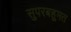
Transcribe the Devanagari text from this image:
सुपरबहुमत